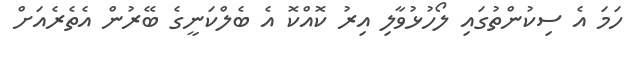
ހަމަ އެ ސިކުންތުގައި ލޯހުޅުވާލި އިރު ކޮއްކޮ އެ ބެލްކަނީގެ ބޭރުން އެތެރެއަށް